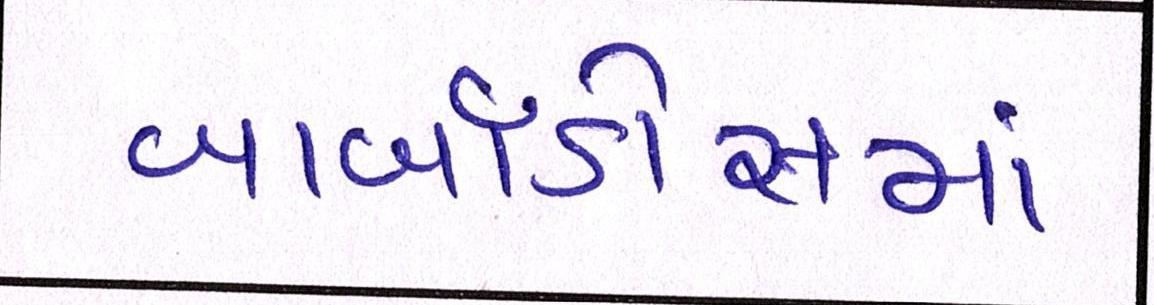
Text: બાર્બાડોસમાં